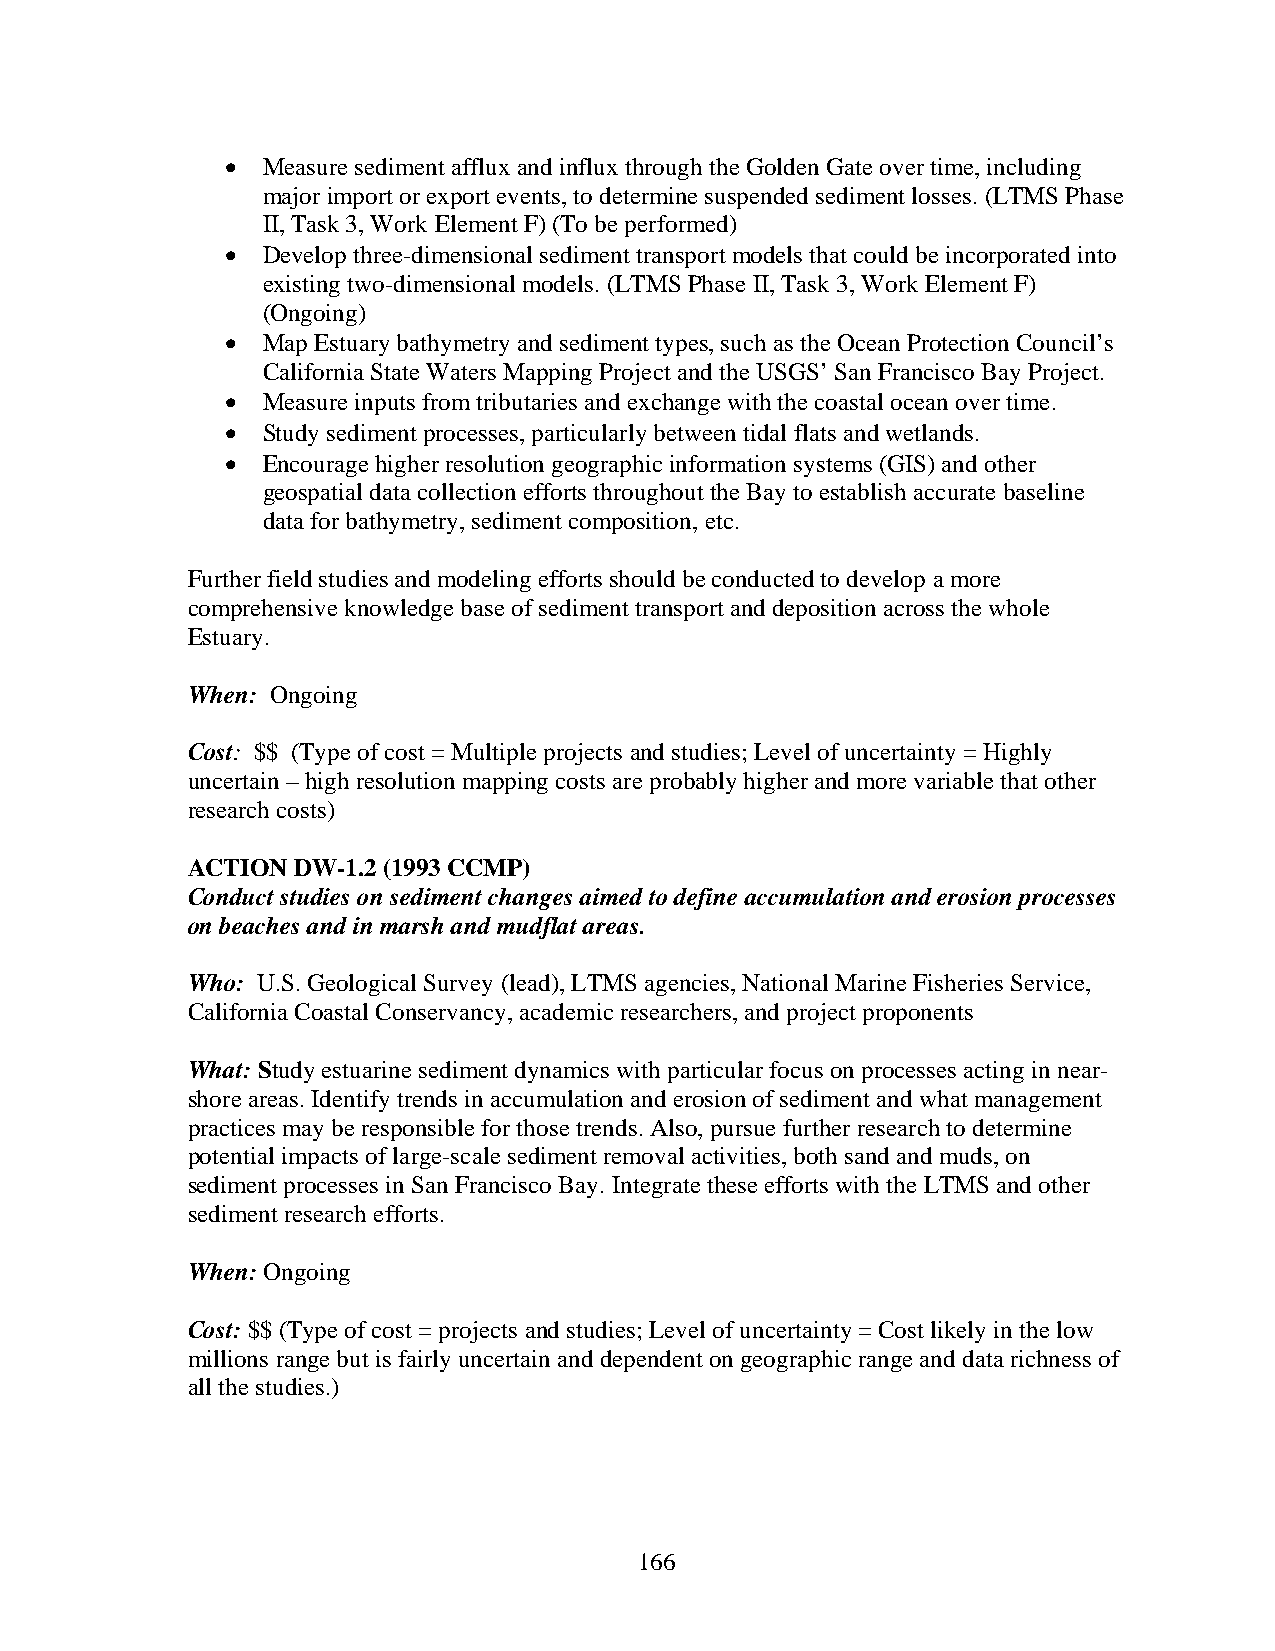
• Measure sediment afflux and influx through the Golden Gate over time, including
 major import or export events, to determine suspended sediment losses. (LTMS Phase
 II, Task 3, Work Element F) (To be performed)
 • Develop three-dimensional sediment transport models that could be incorporated into
 existing two-dimensional models. (LTMS Phase II, Task 3, Work Element F)
 (Ongoing)
 • Map Estuary bathymetry and sediment types, such as the Ocean Protection Council’s
 California State Waters Mapping Project and the USGS’ San Francisco Bay Project.
 • Measure inputs from tributaries and exchange with the coastal ocean over time.
 • Study sediment processes, particularly between tidal flats and wetlands.
 • Encourage higher resolution geographic information systems (GIS) and other
 geospatial data collection efforts throughout the Bay to establish accurate baseline
 data for bathymetry, sediment composition, etc.
 Further field studies and modeling efforts should be conducted to develop a more
 comprehensive knowledge base of sediment transport and deposition across the whole
 Estuary.
 When: Ongoing
 Cost: $$ (Type of cost = Multiple projects and studies; Level of uncertainty = Highly
 uncertain – high resolution mapping costs are probably higher and more variable that other
 research costs)
 ACTION DW-1.2 (1993 CCMP)
 Conduct studies on sediment changes aimed to define accumulation and erosion processes
 on beaches and in marsh and mudflat areas.
 Who: U.S. Geological Survey (lead), LTMS agencies, National Marine Fisheries Service,
 California Coastal Conservancy, academic researchers, and project proponents
 What: Study estuarine sediment dynamics with particular focus on processes acting in near-
 shore areas. Identify trends in accumulation and erosion of sediment and what management
 practices may be responsible for those trends. Also, pursue further research to determine
 potential impacts of large-scale sediment removal activities, both sand and muds, on
 sediment processes in San Francisco Bay. Integrate these efforts with the LTMS and other
 sediment research efforts.
 When: Ongoing
 Cost: $$ (Type of cost = projects and studies; Level of uncertainty = Cost likely in the low
 millions range but is fairly uncertain and dependent on geographic range and data richness of
 all the studies.)
 166